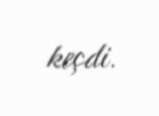
keçdi.